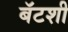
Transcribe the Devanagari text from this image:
बॅटशी